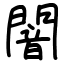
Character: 闇